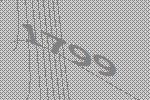
1799